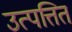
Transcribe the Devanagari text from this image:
उत्पत्तित